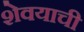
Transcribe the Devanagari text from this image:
शेवयाची